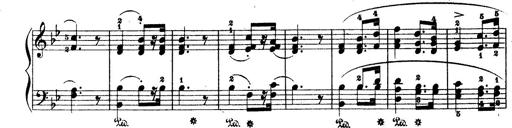
Title: Wagner-Liszt Album
Composer: Franz Liszt